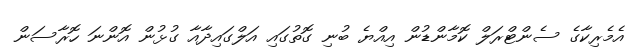
އެމެރިކާގެ ސެންޓްރަލް ކޮމާންޑުން އިއްޔެ ބުނި ގޮތުގައި އަލްގައިދާއާ ގުޅުން އޮންނަ ހޮރާސަން